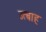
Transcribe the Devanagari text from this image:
उत्बाह